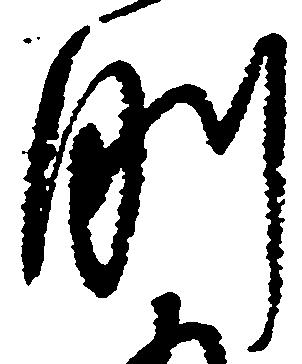
剛